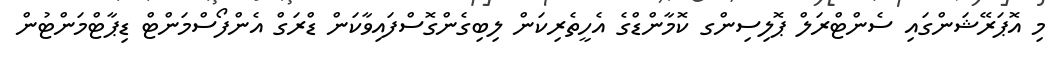
މި އޮޕަރޭޝަންގައި ސެންޓްރަލް ޕޮލިސިންގ ކޮމާންޑްގެ އެހީތެރިކަން ލިބިގެންގޮސްފައިވާކަން ޑްރަގް އެންފޯސްމަންޓް ޑިޕާޓްމަންޓުން